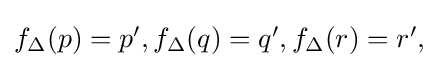
{\textstyle f_{\Delta }(p)=p',f_{\Delta }(q)=q',f_{\Delta }(r)=r',}